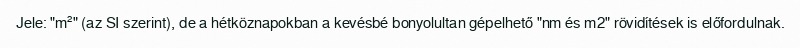
Jele: "m²" (az SI szerint), de a hétköznapokban a kevésbé bonyolultan gépelhető "nm és m2" rövidítések is előfordulnak.